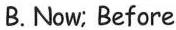
B. Now; Before